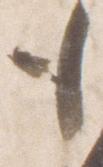
も